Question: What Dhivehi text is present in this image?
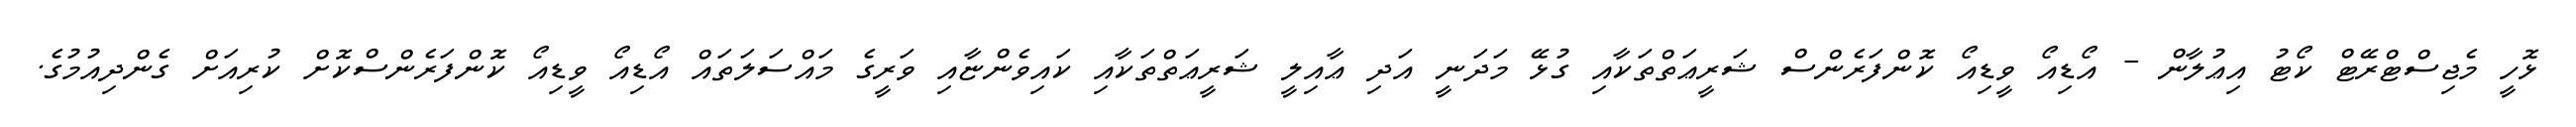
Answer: ޅޮހީ މެޖިސްޓްރޭޓް ކޯޓު އިޢުލާން - އޯޑިއޯ ވީޑިއޯ ކޮންފަރެންސް ޝަރީޢަތްތަކާއި ގުޅޭ މަދަނީ އަދި ޢާއިލީ ޝަރީޢަތްތަކާއި ކައިވެންޏާއި ވަރީގެ މައްސަލަތައް އޯޑިއޯ ވީޑިއޯ ކޮންފަރެންސްކޮށް ކުރިއަށް ގެންދިއުމުގެ.